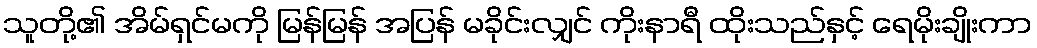
သူတို့၏ အိမ်ရှင်မကို မြန်မြန် အပြန် မခိုင်းလျှင် ကိုးနာရီ ထိုးသည်နှင့် ရေမိုးချိုးကာ